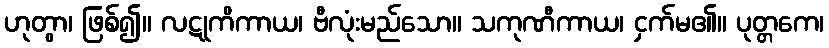
ဟုတွာ၊ ဖြစ်၍။ လဋုကိကာယ၊ ဗီလုံးမည်သော။ သကုဏီကာယ၊ ငှက်မ၏။ ပုတ္တကေ၊